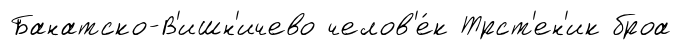
Банатско-В'ишн'ичево челов'е́к Трст'ен'ик броа